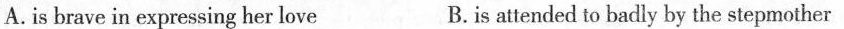
A. is brave in expressing her love B.is attended to badly by the stepmother